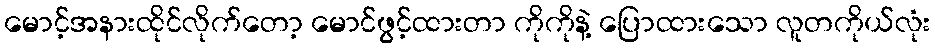
မောင့်အနားထိုင်လိုက်တော့ မောင်ဖွင့်ထားတာ ကိုကိုနဲ့ ပြောထားသော လူတကိုယ်လုံး